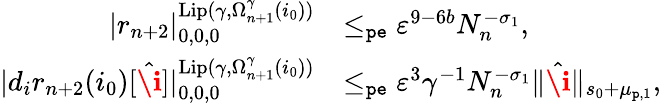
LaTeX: \begin{array}{rl}{|r_{n+2}|_{0,0,0}^{\mathrm{Lip}(\gamma,\Omega_{n+1}^{\gamma}(i_{0}))}}&{\le_{\mathtt{pe}}\varepsilon^{9-6b}N_{n}^{-\sigma_{1}},}\\ {|d_{i}r_{n+2}(i_{0})[\hat{\textbf{\i}}]|_{0,0,0}^{\mathrm{Lip}(\gamma,\Omega_{n+1}^{\gamma}(i_{0}))}}&{\le_{\mathtt{pe}}\varepsilon^{3}\gamma^{-1}N_{n}^{-\sigma_{1}}\rVert\hat{\textbf{\i}}\rVert_{s_{0}+\mu_{\mathtt{p},1}},}\end{array}